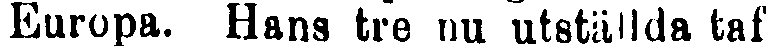
Europa. Hans tre nu utställda taf-